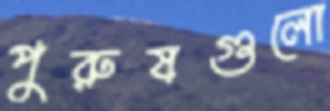
পুরুষগুলো